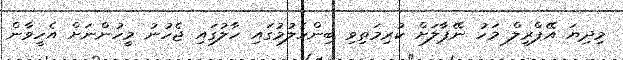
މިދިޔަ އޭޕްރީލް މަހު ނޭޕާލަށް ކުރިމަތިވި ބިންހެލުމުގައި ހާލުގައި ޖެހުނު މީހުންނަށް އެހީވާން